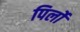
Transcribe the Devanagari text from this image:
पिर्लो